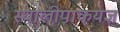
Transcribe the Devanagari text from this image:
स्थालीपाकयज्ञ